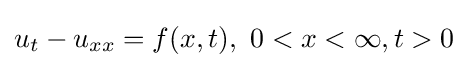
u_{t}-u_{xx}=f(x,t),\ 0<x<\infty ,t>0